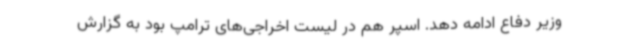
وزیر دفاع ادامه دهد. اسپر هم در لیست اخراجی‌های ترامپ بود به گزارش